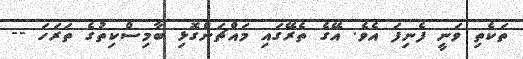
ތަކެތި ވަނީ ފެނިފަ އެވެ. އޭގެ ތެރޭގައި މައްޗަންގޮޅި ބާމިސްކިތުގެ ތަރަހަ --